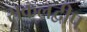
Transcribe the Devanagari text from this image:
सकलद्वीप